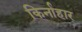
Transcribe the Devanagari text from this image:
किर्नाहार